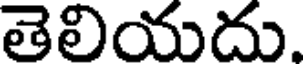
తెలియదు.